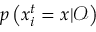
p \left( x _ { i } ^ { t } = x | \boldsymbol { \mathcal { O } } \right)